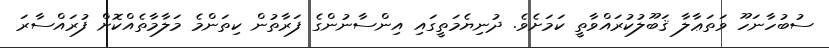
ސުބުހާނަހޫ ވަތަޢާލާ ޤަބޫލުކުރައްވާތީ ކަމަށެވެ. ދުނިޔެމަތީގައި އިންސާނުންގެ ފަރާތުން ކިތަންމެ މަލާމާތެއްކޮށް ފުރައްސާރަ